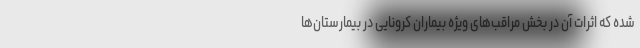
شده که اثرات آن در بخش مراقب‌های ویژه بیماران کرونایی در بیمارستان‌ها